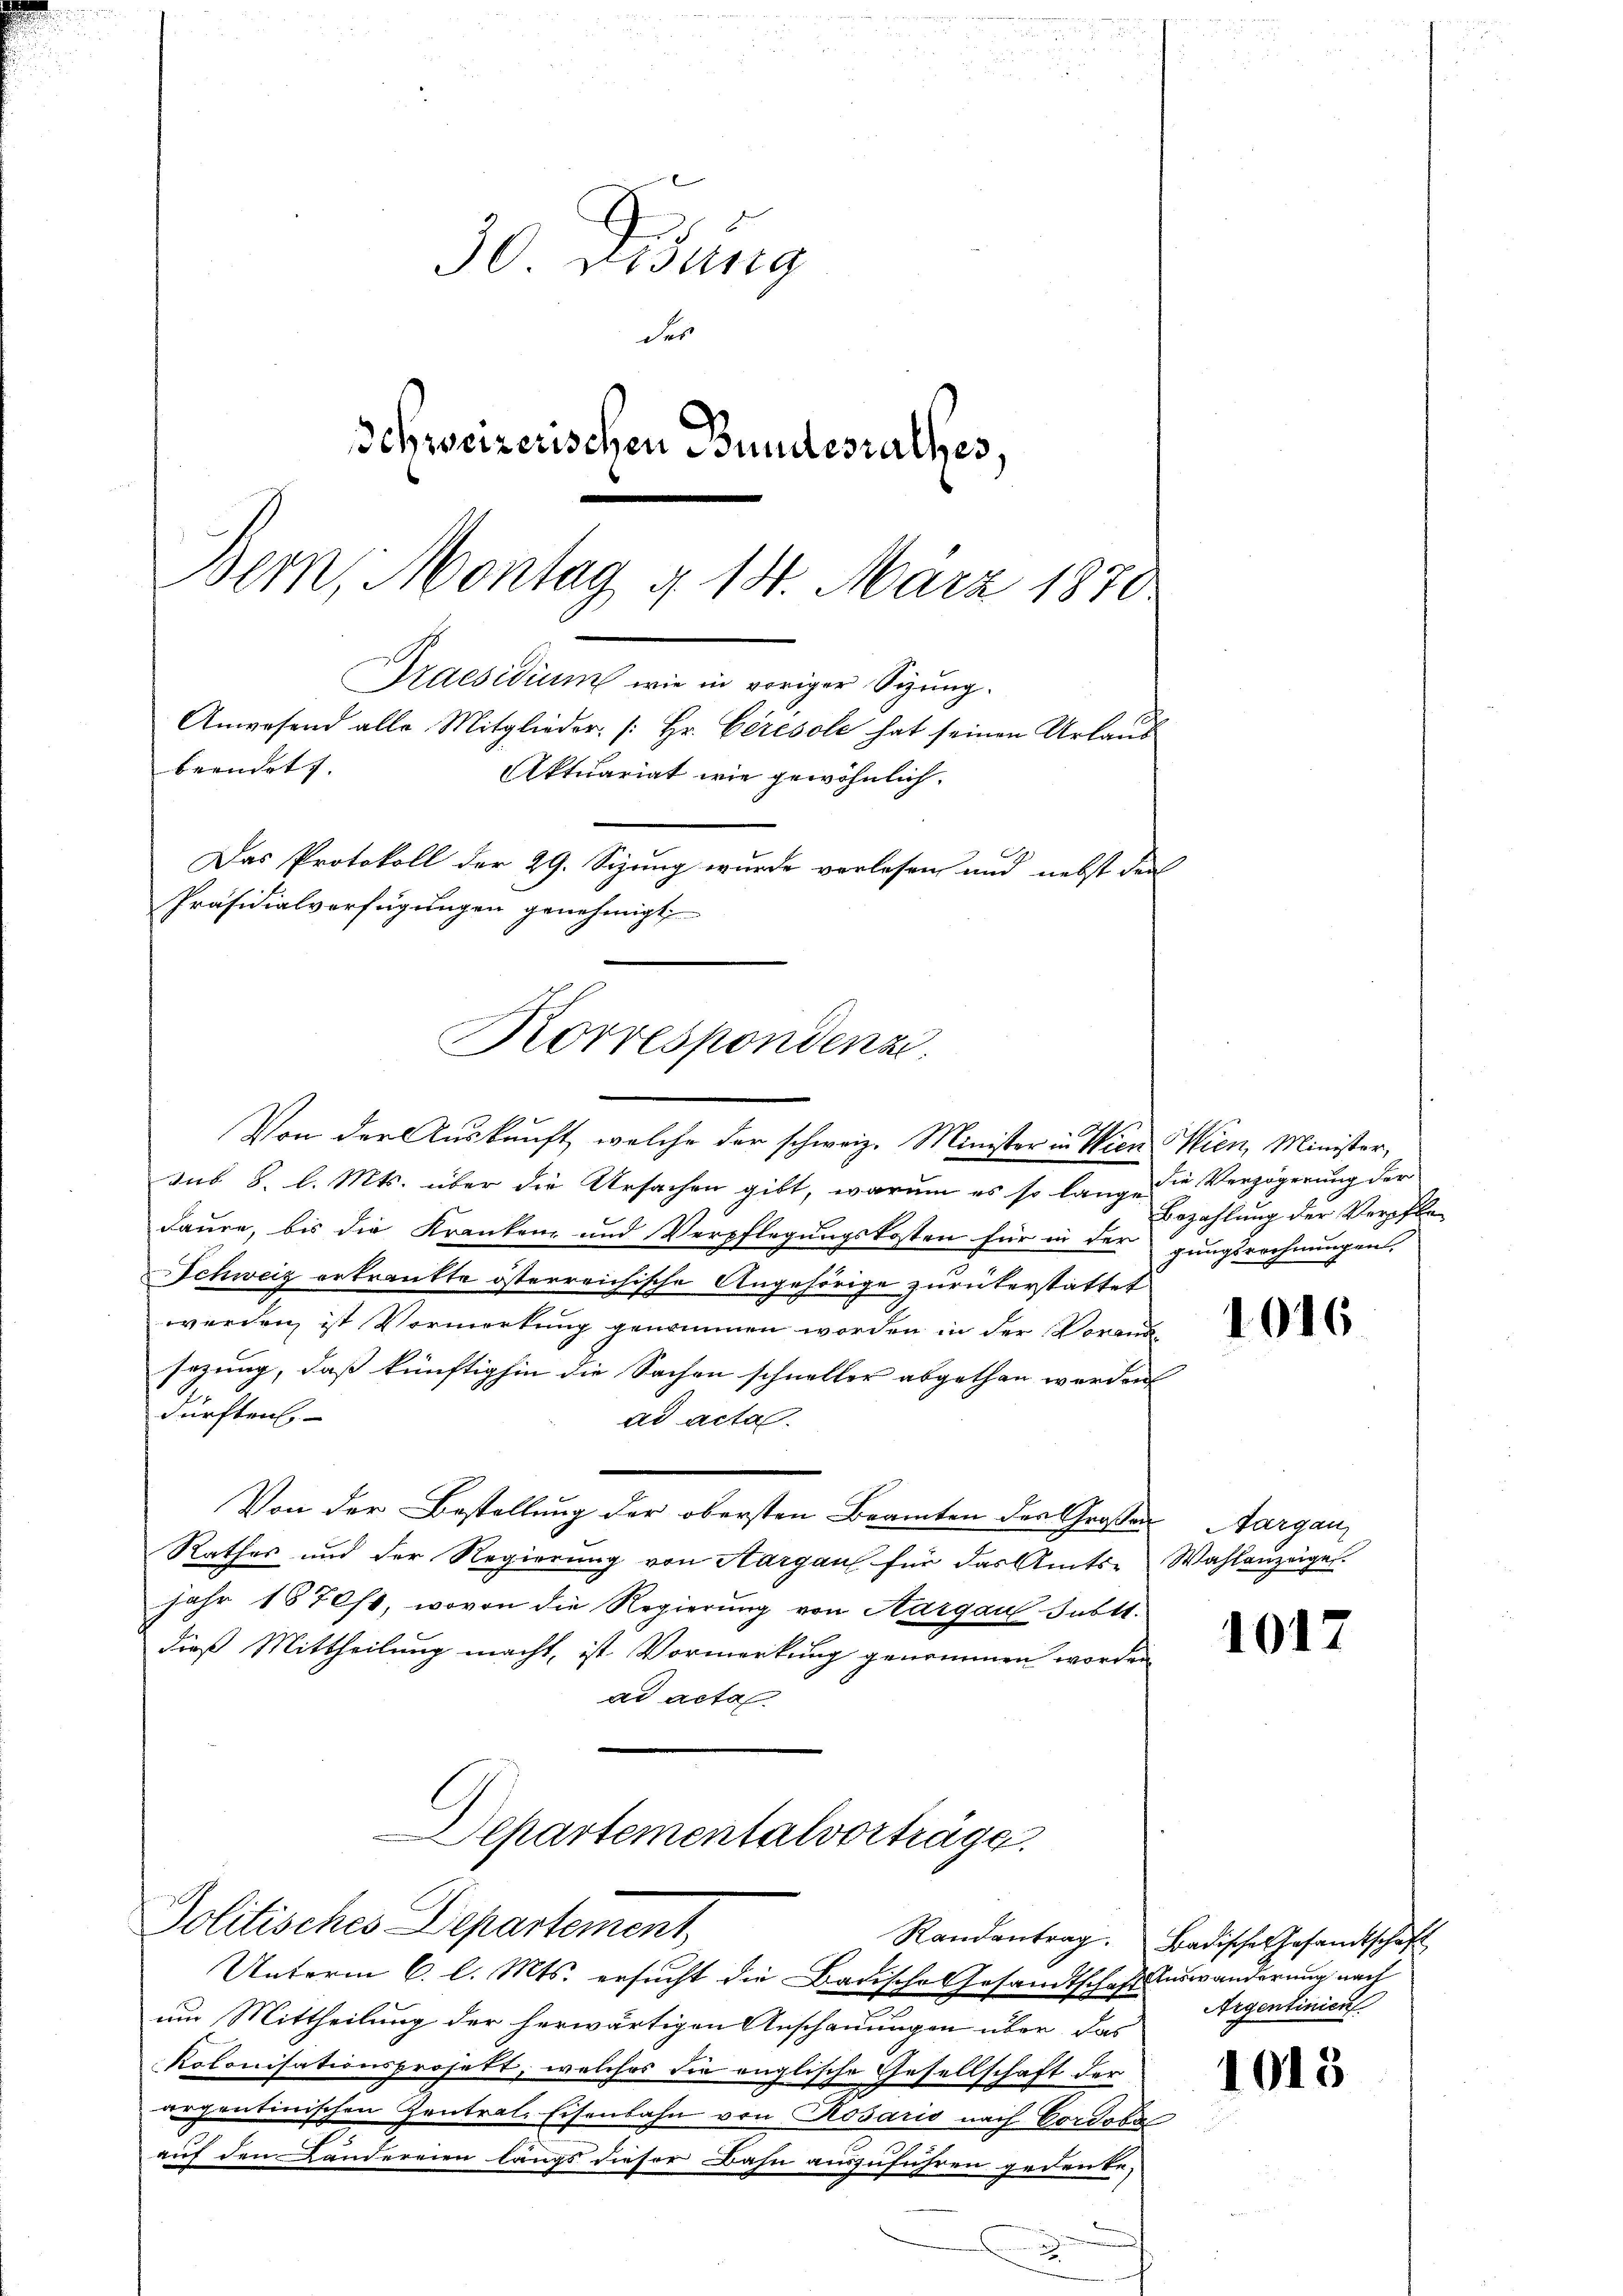
2

Korrespondenz.

30 Didung
des
Schweizerischen Bundesrathes,
Bern, Montag d. 18. März 1870.
Praesidium wie in voriger Sizung.
Anwesend alle Mitglieder [Hr. Ceresole hat seinen Urlaub
beendet. |
Aktuariat wie gewöhnlich.
Das Protokoll der 29. Sizung wurde verlesen und nebst der
Präsidialverfügungen genehmigt

Von der Auskunft, welche der schweiz. Minister in Wien Wien, Minister,
dus 8. l. Mts. über die Ursachen gibt, warum es so lange die Verzögerung der
daure, bis die Kranken- und Verpflegungskosten für in der gungsrechnungen,
Schweiz ertränkte österreichische Angehörige zurükerstattet
werden, ist Vormerkung genommen worden in der Vorans
sezung, dass künftighin die Sachen schneller abgethan werden. |
dürften.
ad acta.
Von der Bestellung der obersten Beamten der Großen Aargau,
Rathes und der Regierung von Aargau für das Amts- Wahlanzeigel.
jahr 1870st, wovon die Regierung von Aargau subtt.
dieß Mittheilung macht, ist Vormerkung genommen worden
ad acta
Departementalvorträge.

Unterm 6. l. Mts. ersucht die Badische Gesandtschaft Auswanderung nach
um Mittheilung der herwärtigen Anschauungen über das
kolonisationsprosett, welches die englische Gesellschaft der
arpentinischen Zentral-Eisenbahn von Rosaris nach Cordobe
auf den Ländereien längs dieser Bahn auszuführen gedenke,
a
.
i |

Politisches Departement,

Bezahlung der Verpfle¬

1016

1017

Randantrag. Badisches Gesandtschaft
Argentinicu

1015